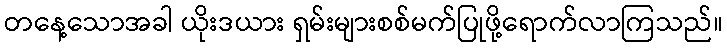
တနေ့သောအခါ ယိုးဒယား ရှမ်းများစစ်မက်ပြုဖို့ရောက်လာကြသည်။